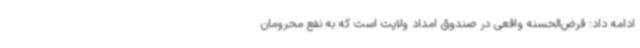
ادامه داد: قرض‌الحسنه واقعی در صندوق امداد ولایت است که به نفع محرومان